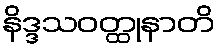
နိဒ္ဒသဝတ္ထုနာတိ